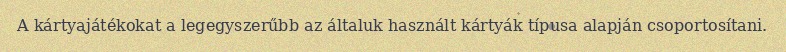
A kártyajátékokat a legegyszerűbb az általuk használt kártyák típusa alapján csoportosítani.